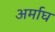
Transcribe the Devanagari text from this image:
अर्माघ